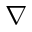
\nabla